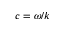
c = \omega / k